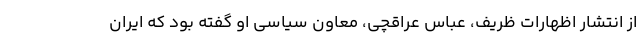
از انتشار اظهارات ظریف، عباس عراقچی، معاون سیاسی او گفته بود که ایران